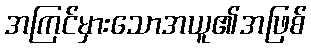
အကြင်မှားသောအယူ၏အဖြစ်